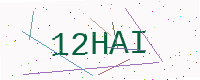
Text: 12HAI